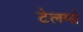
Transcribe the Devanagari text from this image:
टेलमो